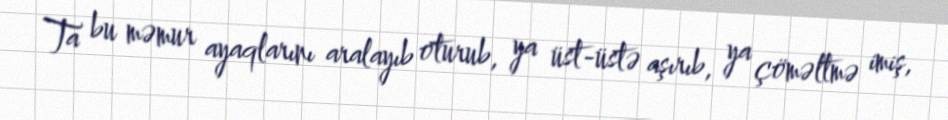
Ta bu məmur ayaqlarını aralayıb oturub, ya üst-üstə aşırıb, ya çöməltmə imiş,